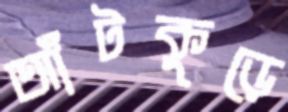
আঁটকুড়ে